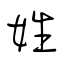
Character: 姓